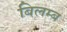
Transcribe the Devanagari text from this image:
बिलम्‍ब